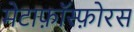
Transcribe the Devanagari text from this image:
मेटाफ़ॉस्फ़ोरस